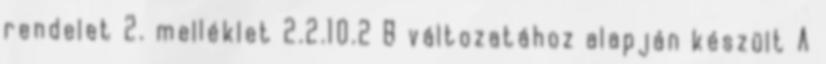
rendelet 2. melléklet 2.2.10.2 B változatához alapján készült A